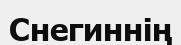
Снегиннің